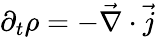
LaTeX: \partial_{t}\rho=-{\vec{\nabla}}\cdot{\vec{j}}